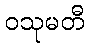
ဝသုမတီ